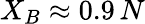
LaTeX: X_{B}\approx 0.9\, N